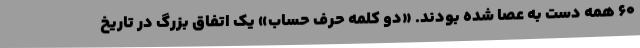
60 همه دست به عصا شده بودند. «دو کلمه حرف حساب» یک اتفاق بزرگ در تاریخ